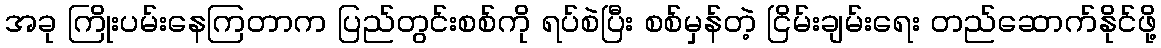
အခု ကြိုးပမ်းနေကြတာက ပြည်တွင်းစစ်ကို ရပ်စဲပြီး စစ်မှန်တဲ့ ငြိမ်းချမ်းရေး တည်ဆောက်နိုင်ဖို့